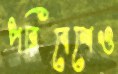
পরিবেশেও